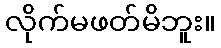
လိုက်မဖတ်မိဘူး။